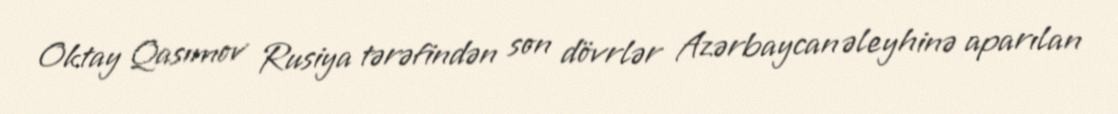
Oktay Qasımov Rusiya tərəfindən son dövrlər Azərbaycan əleyhinə aparılan